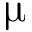
\upmu